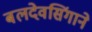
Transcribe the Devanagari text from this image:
बलदेवसिंगाने